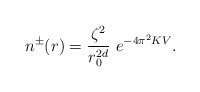
\begin{align*}n^\pm (r) = \frac{\zeta^2}{r_0^{2d}} ~e^{-4\pi^2K V}.\end{align*}